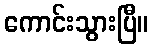
ကောင်းသွားပြီ။